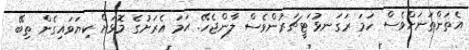
އެތަންތަނަށްވެސް ހަމަ ރަގަނޅު ަޓީޗަރުންވެސް ލާންޖެހޭ. ޙަމަ އެރަށުގެ މޮޅަށް ކިޔަވައިގެން ތިބޭ